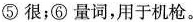
⑤很；⑥量词，用于机枪。